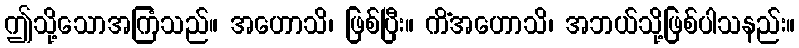
ဤသို့သောအကြံသည်။ အဟောသိ၊ ဖြစ်ပြီး။ ကိံအဟောသိ၊ အဘယ်သို့ဖြစ်ပါသနည်း။